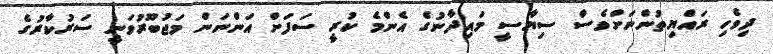
ދިވެހި ރައްޔިތުންނަށްވެސް ސިޔާސީ މައިދާނުގެ އެންމެ ކުރީ ސަފަށް އަންނަން މަޖުބޫރުވަނީ ސަރުކާރުގެ